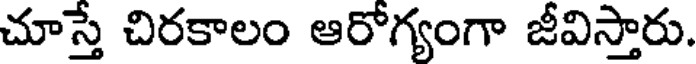
చూస్తే చిరకాలం ఆరోగ్యంగా జీవిస్తారు.